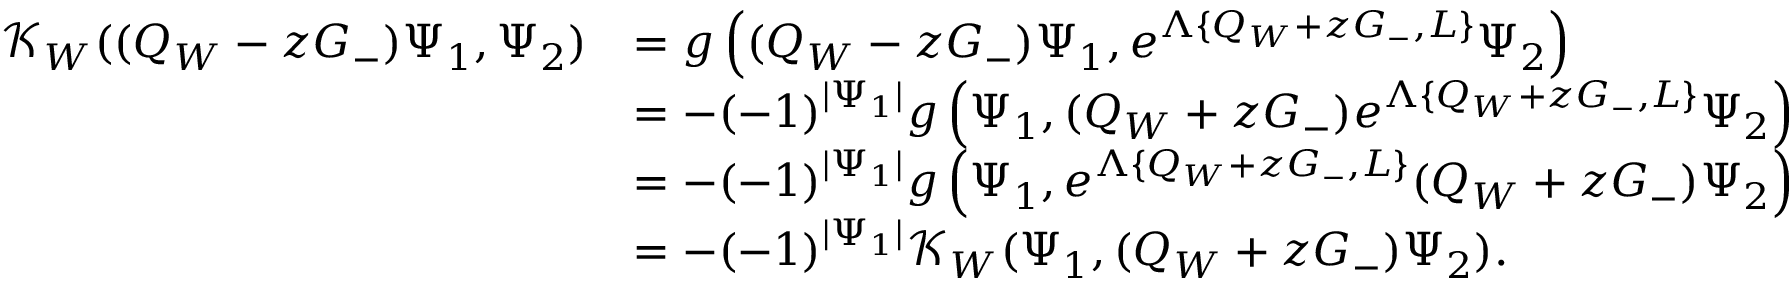
\begin{array} { r l } { \mathcal { K } _ { W } ( ( Q _ { W } - z G _ { - } ) \Psi _ { 1 } , \Psi _ { 2 } ) } & { = g \left( ( Q _ { W } - z G _ { - } ) \Psi _ { 1 } , e ^ { \Lambda \{ Q _ { W } + z G _ { - } , L \} } \Psi _ { 2 } \right) } \\ & { = - ( - 1 ) ^ { | \Psi _ { 1 } | } g \left( \Psi _ { 1 } , ( Q _ { W } + z G _ { - } ) e ^ { \Lambda \{ Q _ { W } + z G _ { - } , L \} } \Psi _ { 2 } \right) } \\ & { = - ( - 1 ) ^ { | \Psi _ { 1 } | } g \left( \Psi _ { 1 } , e ^ { \Lambda \{ Q _ { W } + z G _ { - } , L \} } ( Q _ { W } + z G _ { - } ) \Psi _ { 2 } \right) } \\ & { = - ( - 1 ) ^ { | \Psi _ { 1 } | } \mathcal { K } _ { W } ( \Psi _ { 1 } , ( Q _ { W } + z G _ { - } ) \Psi _ { 2 } ) . } \end{array}